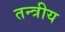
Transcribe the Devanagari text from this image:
तन्त्रीय